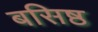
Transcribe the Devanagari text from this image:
बसिष्ठ